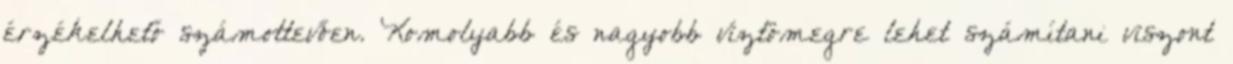
érzékelhető számottevően. Komolyabb és nagyobb víztömegre lehet számítani viszont